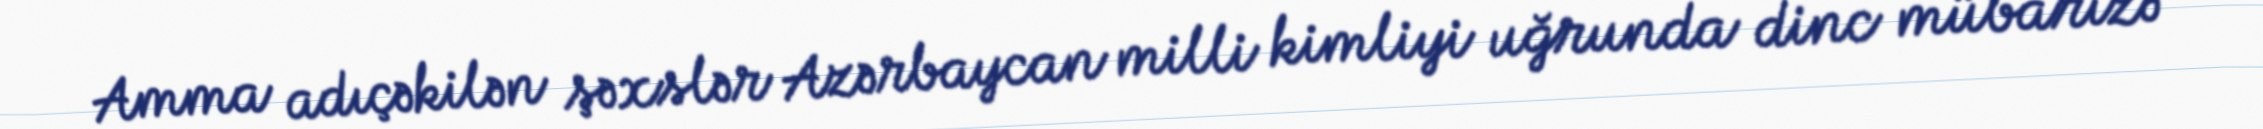
Amma adıçəkilən şəxslər Azərbaycan milli kimliyi uğrunda dinc mübarizə